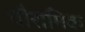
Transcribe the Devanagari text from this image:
पौरामिक